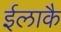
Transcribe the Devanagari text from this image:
ईलाकै